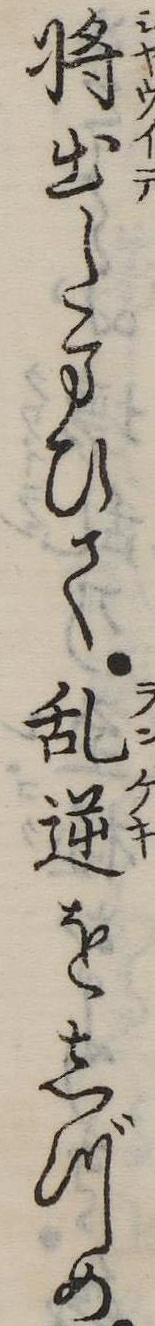
将出たまひて乱逆をしづめ